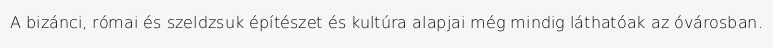
A bizánci, római és szeldzsuk építészet és kultúra alapjai még mindig láthatóak az óvárosban.